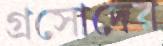
গ্রসোদের